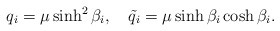
\begin{align*}q_i=\mu \sinh^2\beta_i, \ \ \ \tilde q_i =\mu \sinh\beta_i \cosh\beta_i.\end{align*}